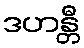
ဒဟန္တီ